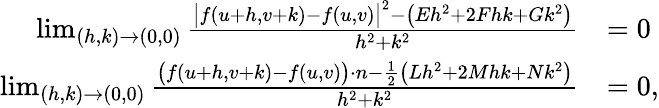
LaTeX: {\begin{array}{rl}{\operatorname*{lim}_{(h,k)\to(0,0)}{\frac{{\big|}f(u+h,v+k)-f(u,v){\big|}^{2}-{\big(}Eh^{2}+2Fhk+Gk^{2}{\big)}}{h^{2}+k^{2}}}}&{=0}\\ {\operatorname*{lim}_{(h,k)\to(0,0)}{\frac{{\big(}f(u+h,v+k)-f(u,v){\big)}\cdot n-{\frac{1}{2}}{\big(}Lh^{2}+2Mhk+Nk^{2}{\big)}}{h^{2}+k^{2}}}}&{=0,}\end{array}}